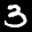
Label: 3